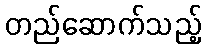
တည်ဆောက်သည့်